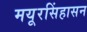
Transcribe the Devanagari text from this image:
मयूरसिंहासन